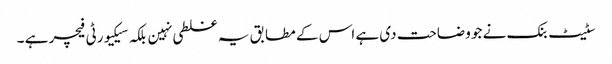
سٹیٹ بنک نے جو وضاحت دی ہے اس کے مطابق یہ غلطی نہین بلکہ سیکیورٹی فیچر ہے ۔